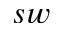
s w